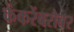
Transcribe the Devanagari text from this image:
केंकरेंबरोबर